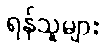
ရန်သူများ